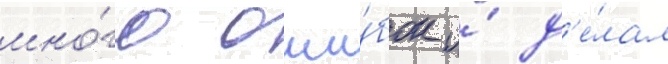
мно́го оши́бок и́ д'е́лал